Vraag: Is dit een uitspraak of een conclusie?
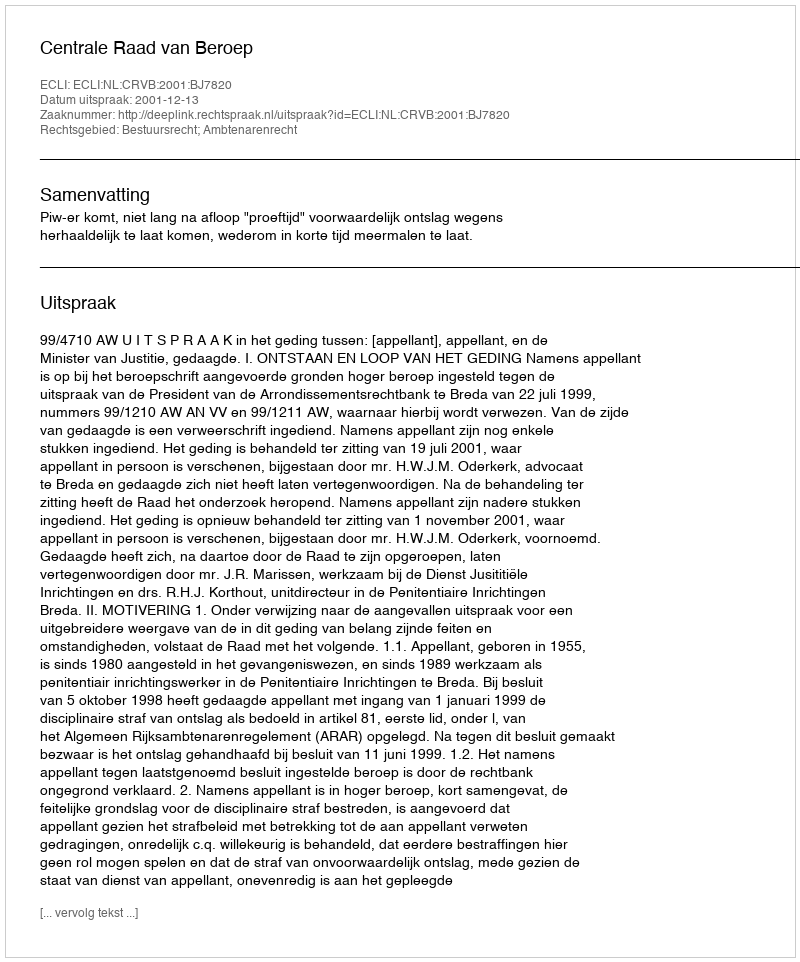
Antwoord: Uitspraak